Civil Veterinary Dept. Assam report 1911-1927 - 1911-1927
Year: 1911
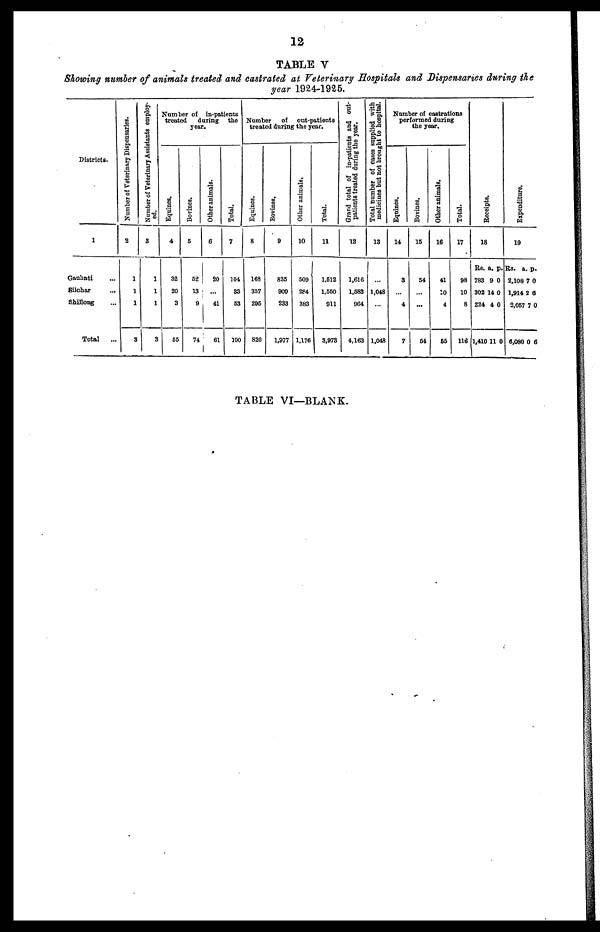
12
TABLE V
Showing number of animals treated and castrated at. Veterinary Hospitals and Dispensaries during the
year 1924-1925.
Districts.
1
Gauhati ...
Silchar ...
Shillong ...
Total ..
Number of Veterinary Dispensaries.
2
1
1
1
3
Number of Veterinary Assistants employ-
ed.
3
1
1
1
3
Number of
in-patients
treated
during
the
year.
Equines.
4
32
20
3
55
Bovines.
5
62
13
9
74
Other animals.
6
20
...
41
61
Total.
7
104
33
63
100
Number
of
out-patients
treated during the year.
Equines.
8
168
357
206
820
Bovines.
9
835
909
233
1,977
Other animals.
10
609
2P4
383
1,176
11
512
1,560
911
3,973
Grand total of In-patients and out-
patients treated during the year.
12
1,616
1,683
964
4,163
Total number of cases supplied with
medicines but
not brought to hospital.
13
...
1,048
....
1,048
Number of castrations
performed during
the year.
Equines.
14
3
...
4
7
Bovines.
15
54
...
...
54
Ot her animals.
16
41
10
4
55
Total.
17
98
10
8
116
Recei pt s .
18
Rs.
783
302
324
1,410
a.
9
14
4
11
p.
0
0
0
0
Expenditure.
19
Rs.
2,108
1,914
2,067
6,080
a.
7
2
7
0
p.
0
0
0
6
TABLE VI—BLANK.